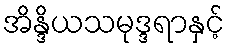
အိန္ဒိယသမုဒ္ဒရာနှင့်